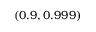
( 0 . 9 , 0 . 9 9 9 )